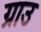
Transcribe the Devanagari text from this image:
ग्राउ